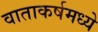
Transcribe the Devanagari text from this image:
वाताकर्षमध्ये